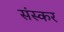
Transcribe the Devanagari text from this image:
संस्कर